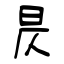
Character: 昃